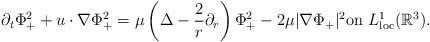
LaTeX: \begin{align*}\partial_t\Phi_{+}^{2}+u\cdot \nabla \Phi_{+}^{2}=\mu\left(\Delta-\frac{2}{r}\partial_r \right)\Phi_{+}^{2}-2\mu |\nabla \Phi_{+}|^{2} \textrm{on}\ L^{1}_{\textrm{loc}}(\mathbb{R}^{3}). \end{align*}